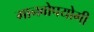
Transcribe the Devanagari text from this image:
मानवोपयोगी